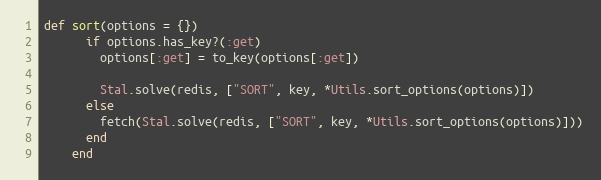
Language: Ruby
def sort(options = {})
      if options.has_key?(:get)
        options[:get] = to_key(options[:get])

        Stal.solve(redis, ["SORT", key, *Utils.sort_options(options)])
      else
        fetch(Stal.solve(redis, ["SORT", key, *Utils.sort_options(options)]))
      end
    end